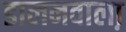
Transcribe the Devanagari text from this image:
डालनवाला़